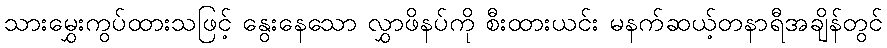
သားမွှေးကွပ်ထားသဖြင့် နွေးနေသော လွှာဖိနပ်ကို စီးထားယင်း မနက်ဆယ့်တနာရီအချိန်တွင်